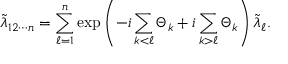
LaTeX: \tilde { \lambda } _ { 1 2 \cdots n } = \sum _ { \ell = 1 } ^ { n } \exp \left( - i \sum _ { k < \ell } \Theta _ { k } + i \sum _ { k > \ell } \Theta _ { k } \right) \tilde { \lambda } _ { \ell } .